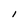
Character: l